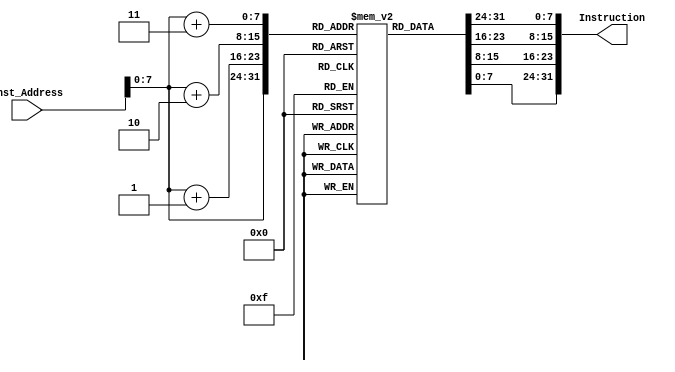
`timescale 1ns / 1ps
//////////////////////////////////////////////////////////////////////////////////
// Company: 
// Engineer: 
// 
// Design Name: 
// Module Name: Instruction_Memory
// Project Name: 
// Target Devices: 
// Tool Versions: 
// Description: 
// 
// Dependencies: 
// 
// Revision:
// Revision 0.01 - File Created
// Additional Comments:
// 
//////////////////////////////////////////////////////////////////////////////////


//module Instruction_Memory
//(
//	input [63:0] Inst_Address,
//	output reg [31:0] Instruction
//);
//	reg [7:0] inst_mem [15:0];
	
//	initial
//	begin
//        //	addi x10, x0, 0x100
//        inst_mem[0] = 8'b00010011;
//        inst_mem[1] = 8'b00000101;
//        inst_mem[2] = 8'b00000000;
//        inst_mem[3] = 8'b00010000;
        
//        //addi x11, x0, 4
//        inst_mem[4] = 8'b10010011;
//        inst_mem[5] = 8'b00000101;
//        inst_mem[6] = 8'b01000000;
//        inst_mem[7] = 8'b00000000;
        
//        //addi x25, x0, 12
//        inst_mem[8] = 8'b10010011;
//        inst_mem[9] = 8'b00001100;
//        inst_mem[10] = 8'b11000000;
//        inst_mem[11] = 8'b00000000;
        
//        //addi x26,x0,5
//        inst_mem[12] = 8'b00010011;
//        inst_mem[13] = 8'b00001101;
//        inst_mem[14] = 8'b01010000;
//        inst_mem[15] = 8'b00000000;
        
//        //addi x27,x0,3
//        inst_mem[16] = 8'b10010011;
//        inst_mem[17] = 8'b00001101;
//        inst_mem[18] = 8'b00110000;
//        inst_mem[19] = 8'b00000000;
        
//        //addi x28,x0,6
//        inst_mem[20] = 8'b00010011;
//        inst_mem[21] = 8'b00001110;
//        inst_mem[22] = 8'b01100000;
//        inst_mem[23] = 8'b00000000;
        
//        //sw x25,0(x10)
//        inst_mem[24] = 8'b00100011;
//        inst_mem[25] = 8'b00100000;
//        inst_mem[26] = 8'b10010101;
//        inst_mem[27] = 8'b00000001;
        
        
        
//        //sw x26,4(x10)
//        inst_mem[28] = 8'b00100011;
//        inst_mem[29] = 8'b00100010;
//        inst_mem[30] = 8'b10100101;
//        inst_mem[31] = 8'b00000001;
        
//        //sw x27,8(x10)
//        inst_mem[32] = 8'b00100011;
//        inst_mem[33] = 8'b00100100;
//        inst_mem[34] = 8'b10110101;
//        inst_mem[35] = 8'b00000001;
        
//        //sw x28,12(x10)
//        inst_mem[36] = 8'b00100011;
//        inst_mem[37] = 8'b00100110;
//        inst_mem[38] = 8'b11000101;
//        inst_mem[39] = 8'b00000001;
        
//        //addi x19, x0, 0
//        inst_mem[40] = 8'b10010011;
//        inst_mem[41] = 8'b00001001;
//        inst_mem[42] = 8'b00000000;
//        inst_mem[43] = 8'b00000000;
        
//        //loop1: bge x19, x11, exit1
//        inst_mem[44] = 8'b01100011;
//        inst_mem[45] = 8'b11010100;
//        inst_mem[46] = 8'b10111001;
//        inst_mem[47] = 8'b00000010;
        
//        //addi x20, x19, -1
//        inst_mem[48] = 8'b00010011;
//        inst_mem[49] = 8'b10001010;
//        inst_mem[50] = 8'b11111001;
//        inst_mem[51] = 8'b11111111;
        
//        //loop2: blt x20, x0, exit2
//        inst_mem[52] = 8'b01100011;
//        inst_mem[53] = 8'b01001001;
//        inst_mem[54] = 8'b00001010;
//        inst_mem[55] = 8'b00000000;
        
//        //slli x5, x20, 2
//        inst_mem[56] = 8'b10010011;
//        inst_mem[57] = 8'b00010010;
//        inst_mem[58] = 8'b00101010;
//        inst_mem[59] = 8'b00000000;
        
//        //add x5, x10, x5
//        inst_mem[60] = 8'b10110011;
//        inst_mem[61] = 8'b00000010;
//        inst_mem[62] = 8'b01010101;
//        inst_mem[63] = 8'b00000000;
        
//        //lw x6, 0(x5) 
//        inst_mem[64] = 8'b00000011;
//        inst_mem[65] = 8'b10100011;
//        inst_mem[66] = 8'b00000010;
//        inst_mem[67] = 8'b00000000;
        
//        //lw x7, 4(x5)
//        inst_mem[68] = 8'b10000011;
//        inst_mem[69] = 8'b10100011;
//        inst_mem[70] = 8'b01000010;
//        inst_mem[71] = 8'b00000000;
        
//        //blt x6, x7, exit2
//        inst_mem[72] = 8'b01100011;
//        inst_mem[73] = 8'b01000100;
//        inst_mem[74] = 8'b01110011;
//        inst_mem[75] = 8'b00000000;
        
//        //beq x0, x0, swap
//        inst_mem[76] = 8'b01100011;
//        inst_mem[77] = 8'b00000101;
//        inst_mem[78] = 8'b00000000;
//        inst_mem[79] = 8'b00000000;
        
//        //return: addi x20, x20, -1
//        inst_mem[80] = 8'b00010011;
//        inst_mem[81] = 8'b00001010;
//        inst_mem[82] = 8'b11111010;
//        inst_mem[83] = 8'b11111111;
        
//        //beq x0, x0, loop2   
//        inst_mem[84] = 8'b11100011;
//        inst_mem[85] = 8'b00001000;
//        inst_mem[86] = 8'b00000000;
//        inst_mem[87] = 8'b11111110;
        
//        //exit2: addi x19, x19, 1
//        inst_mem[88] = 8'b10010011;
//        inst_mem[89] = 8'b10001001;
//        inst_mem[90] = 8'b00011001;
//        inst_mem[91] = 8'b00000000;
        
//        //beq x0, x0, loop1
//        inst_mem[92] = 8'b11100011;
//        inst_mem[93] = 8'b00000100;
//        inst_mem[94] = 8'b00000000;
//        inst_mem[95] = 8'b11111110;
        
        
//        //swap: slli x29,x20,2
//        inst_mem[96] = 8'b10010011;
//        inst_mem[97] = 8'b00011110;
//        inst_mem[98] = 8'b00101010;
//        inst_mem[99] = 8'b00000000;
        
//        //add x29, x10, x29
//        inst_mem[100] = 8'b10110011;
//        inst_mem[101] = 8'b00001110;
//        inst_mem[102] = 8'b11010101;
//        inst_mem[103] = 8'b00000001;
        
//        //lw x30, 0(x29)
//        inst_mem[104] = 8'b00000011;   
//        inst_mem[105] = 8'b10101111;
//        inst_mem[106] = 8'b00001110;
//        inst_mem[107] = 8'b00000000;
        
//        //lw x31,4(x29)
//        inst_mem[108] = 8'b10000011;
//        inst_mem[109] = 8'b10101111;
//        inst_mem[110] = 8'b01001110;  
//        inst_mem[111] = 8'b00000000;
        
//        //sw x31,0(x29) 
//        inst_mem[112] = 8'b00100011;
//        inst_mem[113] = 8'b10100000;
//        inst_mem[114] = 8'b11111110;
//        inst_mem[115] = 8'b00000001;
        
        
//        //sw x30,4(x29)
//        inst_mem[116] = 8'b00100011;
//        inst_mem[117] = 8'b10100010;
//        inst_mem[118] = 8'b11101110;
//        inst_mem[119] = 8'b00000001;
        
//        //beq, x0, x0, return 
//        inst_mem[120] = 8'b11100011;
//        inst_mem[121] = 8'b00000110;
//        inst_mem[122] = 8'b00000000;
//        inst_mem[123] = 8'b11111110;

//	end
//	always @(Inst_Address)
//	begin
//		Instruction={inst_mem[Inst_Address+3],inst_mem[Inst_Address+2],inst_mem[Inst_Address+1],inst_mem[Inst_Address]};
//	end
//endmodule

module Instruction_Memory
(
	input [63:0] Inst_Address,
	output reg [31:0] Instruction
);
	reg [7:0] inst_mem [147:0];
	
	initial
	begin
	
	    //addi x11, x0, 6
		inst_mem[0]=8'b10010011;
		inst_mem[1]=8'b00000101;
		inst_mem[2]=8'b01100000;
		inst_mem[3]=8'b0;
		
		//addi x29, x0, 6
		inst_mem[4]=8'b10010011;
		inst_mem[5]=8'b00001110;
		inst_mem[6]=8'b01100000;
		inst_mem[7]=8'b0;
		
		//addi x30, x0, 0
		inst_mem[8]=8'b00010011;
		inst_mem[9]=8'b00001111;
		inst_mem[10]=8'b00000000;
		inst_mem[11]=8'b0;
		
		//addi x31 x0 0
		inst_mem[12]=8'b00010011;
		inst_mem[13]=8'b00001111;
		inst_mem[14]=8'b00000000;
		inst_mem[15]=8'b0;
		
		//addi x28, x0, 6
		inst_mem[16]=8'b00010011;
		inst_mem[17]=8'b00001110;
		inst_mem[18]=8'b01100000;
		inst_mem[19]=8'b0;
		
		//sw x11, 256(x30)
		inst_mem[20]=8'b00100011;
		inst_mem[21]=8'b00100000;
		inst_mem[22]=8'b10111111;
		inst_mem[23]=8'b00010000;
		
		//addi x31 x31 1
		inst_mem[24]=8'b10010011;
		inst_mem[25]=8'b10001111;
		inst_mem[26]=8'b00011111;
		inst_mem[27]=8'b0;
		
		//addi x30 x30 8
		inst_mem[28]=8'b00010011;
		inst_mem[29]=8'b00001111;
		inst_mem[30]=8'b10001111;
		inst_mem[31]=8'b0;
		
		//addi x11 x11 -1
		inst_mem[32]=8'b10010011;
		inst_mem[33]=8'b10000101;
		inst_mem[34]=8'b11110101;
		inst_mem[35]=8'b11111111;
	   
		//beq x28 x31 8
		inst_mem[36]=8'b01100011;
		inst_mem[37]=8'b00000100;
		inst_mem[38]=8'b11111110;
		inst_mem[39]=8'b00000001;

		//beq x0 x0 -20
		inst_mem[40]=8'b11100011;
		inst_mem[41]=8'b00000110;
		inst_mem[42]=8'b00000000;
		inst_mem[43]=8'b11111110;
		
		//addi x30 x0 0
		inst_mem[44]=8'b00010011;
		inst_mem[45]=8'b00001111;
		inst_mem[46]=8'b00000000;
		inst_mem[47]=8'b0;
		
		//addi x31 x30 0
		inst_mem[48]=8'b10010011;
		inst_mem[49]=8'b00001111;
		inst_mem[50]=8'b00001111;
		inst_mem[51]=8'b0;
		
		//addi x29 x0 0
		inst_mem[52]=8'b10010011;
		inst_mem[53]=8'b00001110;
		inst_mem[54]=8'b0;
		inst_mem[55]=8'b0;
		
		//addi x11 x0 6
		inst_mem[56]=8'b10010011;
		inst_mem[57]=8'b00000101;
		inst_mem[58]=8'b01100000;
		inst_mem[59]=8'b0;
		
		//beq x11 x30 88
		inst_mem[60]=8'b01100011;
		inst_mem[61]=8'b10001100;
		inst_mem[62]=8'b11100101;
		inst_mem[63]=8'b00000101;
		
		//add x10 x29 x0
		inst_mem[64]=8'b00110011;
		inst_mem[65]=8'b10000101;
		inst_mem[66]=8'b00001110;
		inst_mem[67]=8'b0;
		
		//addi x31 x30 1
		inst_mem[68]=8'b10010011;
		inst_mem[69]=8'b00001111;
		inst_mem[70]=8'b00011111;
		inst_mem[71]=8'b0;
		
		//addi x28 x29 8
		inst_mem[72]=8'b00010011;
		inst_mem[73]=8'b10001110;
		inst_mem[74]=8'b10001110;
		inst_mem[75]=8'b0;
		
		//beq x31 x11 48
		inst_mem[76]=8'b01100011;
		inst_mem[77]=8'b10001000;
		inst_mem[78]=8'b10111111;
		inst_mem[79]=8'b00000010;
		
		//lw x15 256(x28)
		inst_mem[80]=8'b10000011;
		inst_mem[81]=8'b00100111;
		inst_mem[82]=8'b00001110;
		inst_mem[83]=8'b00010000;
		
		//lw x16 256(x10)
		inst_mem[84]=8'b00000011;
		inst_mem[85]=8'b00101000;
		inst_mem[86]=8'b00000101;
		inst_mem[87]=8'b00010000;
		
		//blt x15 x16 28
		inst_mem[88]=8'b01100011;
		inst_mem[89]=8'b11001110;
		inst_mem[90]=8'b00000111;
		inst_mem[91]=8'b00000001;
		
		//addi x31 x31 1
		inst_mem[92]=8'b10010011;
		inst_mem[93]=8'b10001111;
		inst_mem[94]=8'b00011111;
		inst_mem[95]=8'b00000000;
		
		//addi x28 x28 8
		inst_mem[96]=8'b00010011;
		inst_mem[97]=8'b00001110;
		inst_mem[98]=8'b10001110;
		inst_mem[99]=8'b00000000;
		
		//beq x0 x0 -24
		inst_mem[100]=8'b11100011;
		inst_mem[101]=8'b00000100;
		inst_mem[102]=8'b00000000;
		inst_mem[103]=8'b11111110;
		
		//addi x30 x30 1
        inst_mem[104]=8'b00010011;
		inst_mem[105]=8'b00001111;
		inst_mem[106]=8'b00011111;
		inst_mem[107]=8'b0;
		
		//addi x28 x28 8
		inst_mem[108]=8'b00010011;
		inst_mem[109]=8'b00001110;
		inst_mem[110]=8'b10001110;
		inst_mem[111]=8'b0;
		
		//beq x0 x0 -52
		inst_mem[112]=8'b11100011;
		inst_mem[113]=8'b00000110;
		inst_mem[114]=8'b00000000;
		inst_mem[115]=8'b11111100;
		
		//addi x10 x28 0
		inst_mem[116]=8'b00010011;
		inst_mem[117]=8'b00000101;
		inst_mem[118]=8'b00001110;
		inst_mem[119]=8'b0;
		
		//beq x0 x0 -28
		inst_mem[120]=8'b11100011;
		inst_mem[121]=8'b00000010;
		inst_mem[122]=8'b00000000;
		inst_mem[123]=8'b11111110;
		
		//lw x13 256(x10)
		inst_mem[124]=8'b10000011;
		inst_mem[125]=8'b00100110;
		inst_mem[126]=8'b00000101;
		inst_mem[127]=8'b00010000;
		
		//lw x14 256(x29)
		inst_mem[128]=8'b00000011;
		inst_mem[129]=8'b10100111;
		inst_mem[130]=8'b00001110;
		inst_mem[131]=8'b00010000;
		
		//sw x13 256(x29)
		inst_mem[132]=8'b00100011;
		inst_mem[133]=8'b10100000;
		inst_mem[134]=8'b11011110;
		inst_mem[135]=8'b00010000;
		
		//sw x14 256(x10)
		inst_mem[136]=8'b00100011;
		inst_mem[137]=8'b00100000;
		inst_mem[138]=8'b11100101;
		inst_mem[139]=8'b00010000;
		
		//addi x29 x29 8
		inst_mem[140]=8'b10010011;
		inst_mem[141]=8'b10001110;
		inst_mem[142]=8'b10001110;
		inst_mem[143]=8'b0;
		
		//beq x0 x0 -40
		inst_mem[144]=8'b11100011;
		inst_mem[145]=8'b00001100;
		inst_mem[146]=8'b00000000;
		inst_mem[147]=8'b11111100;

	end
	
	always @(Inst_Address)
	begin
		Instruction={inst_mem[Inst_Address+3],inst_mem[Inst_Address+2],inst_mem[Inst_Address+1],inst_mem[Inst_Address]};
	end
endmodule